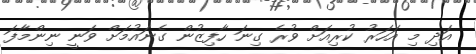
އަދި މި އަހަރު ކުރިއަށް ވުރެ ގިނަ ހާފިޒުން ގެނައުމަށް ވަނީ ނިންމާފަ